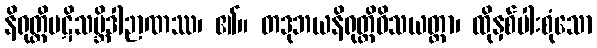
နိရုတ္တိပဋိသမ္ဘိဒါဉာဏဿ၊ ၏။ တဒုဘယနိရုတ္တိဝိသယတ္တာ၊ ထိုနှစ်ပါးစုံသော